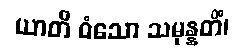
ယာတိ ဝံသော သမုန္နတိံ၊